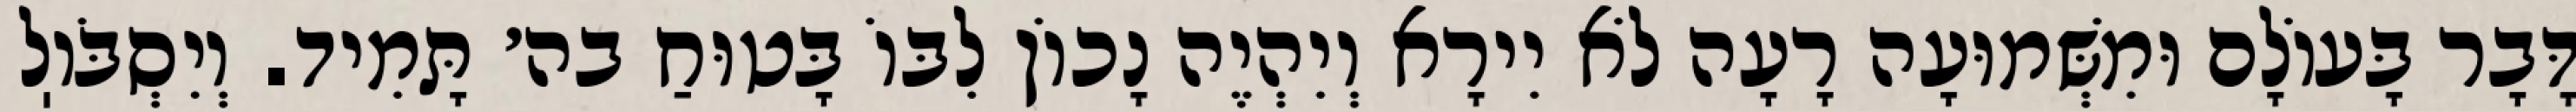
דָּבָר בָּעוֹלָם וּמִשְּׁמוּעָה רָעָה לֹא יִירָא וְיִהְיֶה נָכוֹן לִבּוֹ בָּטוּחַ בה׳ תָּמִיד. וְיִסְבֹּוֽל